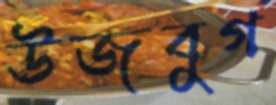
উজবুগ